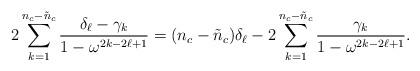
LaTeX: \begin{align*}2 \sum_{k=1}^{n_{c}-\tilde{n}_{c}} \frac{\delta_{\ell} - \gamma_{k}}{1 - \omega^{2k-2\ell+1}} = (n_{c}-\tilde{n}_{c}) \delta_{\ell} - 2 \sum_{k=1}^{n_{c}-\tilde{n}_{c}} \frac{\gamma_{k}}{1 - \omega^{2k-2\ell+1}}. \end{align*}